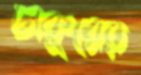
চাকুরের